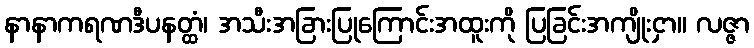
နာနာကရဏဒီပနတ္ထံ၊ အသီးအခြားပြုကြောင်းအထူးကို ပြခြင်းအကျိုးငှာ။ လဇ္ဇာ